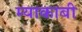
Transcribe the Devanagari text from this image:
म्याकाबी